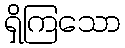
ရှိကြသော